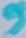
Text: 9